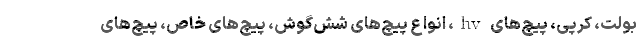
بولت، کرپی، پیچ‌های hv، انواع پیچ‌های شش‌گوش، پیچ‌های خاص، پیچ‌های